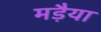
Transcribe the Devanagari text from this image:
मड़ैया